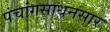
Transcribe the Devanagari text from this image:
पंचांगसाधनसार